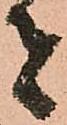
者